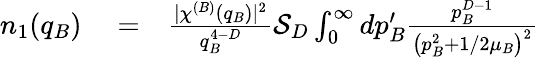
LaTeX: \begin{array}{rlr}{n_{1}(q_{B})}&{{}=}&{\frac{\lvert\chi^{(B)}(q_{B})\rvert^{2}}{q_{B}^{4-D}}\mathcal{S}_{D}\int_{0}^{\infty}dp_{B}^{\prime}\frac{p_{B}^{D-1}}{\left(p_{B}^{2}+1/2\mu_{B}\right)^{2}}}\end{array}